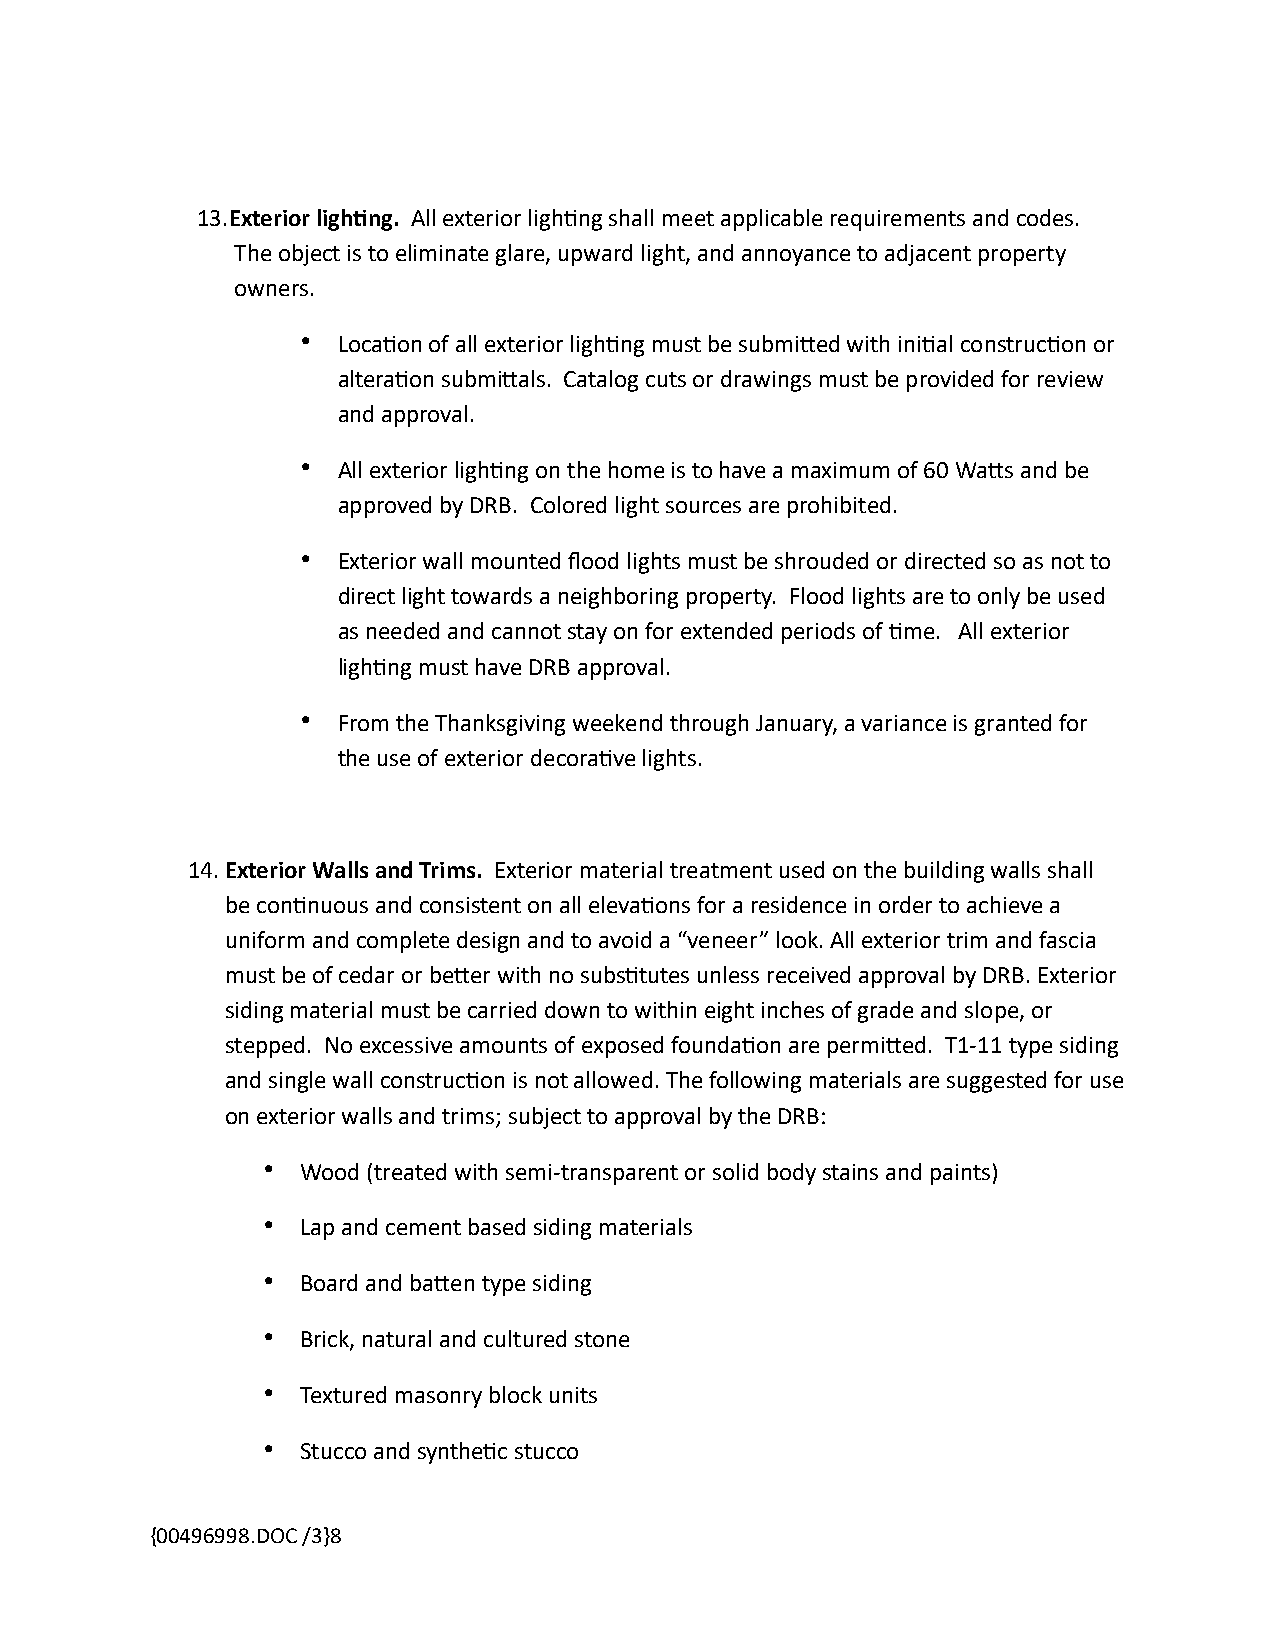
13.Exterior lighJng. All exterior ligh@ng shall meet applicable requirements and codes.
 The object is to eliminate glare, upward light, and annoyance to adjacent property
 owners.
 • Loca@on of all exterior ligh@ng must be submiTed with ini@al construc@on or
 altera@on submiTals. Catalog cuts or drawings must be provided for review
 and approval.
 • All exterior ligh@ng on the home is to have a maximum of 60 WaTs and be
 approved by DRB. Colored light sources are prohibited.
 • Exterior wall mounted flood lights must be shrouded or directed so as not to
 direct light towards a neighboring property. Flood lights are to only be used
 as needed and cannot stay on for extended periods of @me. All exterior
 ligh@ng must have DRB approval.
 • From the Thanksgiving weekend through January, a variance is granted for
 the use of exterior decora@ve lights.
 14.Exterior Walls and Trims. Exterior material treatment used on the building walls shall
 be con@nuous and consistent on all eleva@ons for a residence in order to achieve a
 uniform and complete design and to avoid a “veneer” look. All exterior trim and fascia
 must be of cedar or beTer with no subs@tutes unless received approval by DRB. Exterior
 siding material must be carried down to within eight inches of grade and slope, or
 stepped. No excessive amounts of exposed founda@on are permiTed. T1-11 type siding
 and single wall construc@on is not allowed. The following materials are suggested for use
 on exterior walls and trims; subject to approval by the DRB:
 •  Wood (treated with semi-transparent or solid body stains and paints)
 •  Lap and cement based siding materials
 •  Board and baTen type siding
 •  Brick, natural and cultured stone
 •  Textured masonry block units
 •  Stucco and synthe@c stucco
 {00496998.DOC /3}8